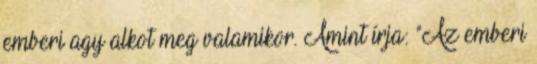
emberi agy alkot meg valamikor. Amint írja: "Az emberi